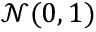
{ \mathcal { N } } ( 0 , 1 )